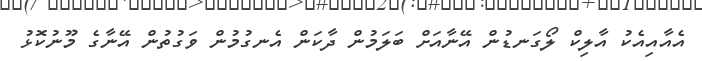
އެއާއިއެކު އާލިކް ލޯގަނޑުން އޭނާއަށް ބަލަމުން ދާކަން އެނގުމުން ވަގުތުން އޭނާގެ މޫނުކޮޅު